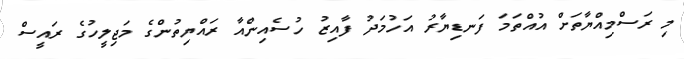
މި ރަސްމިއްޔާތަށް އުއްތަމަ ފަނޑިޔާރު އަހުމަދު ފާއިޒު ހުސެއިންއާ ރައްޔިތުންގެ މަޖިލީހުގެ ރައީސް